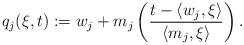
LaTeX: \begin{align*}q_j(\xi,t) := w_j + m_j \left( \frac{ t-\langle w_j,\xi\rangle}{\langle m_j,\xi\rangle} \right) .\end{align*}